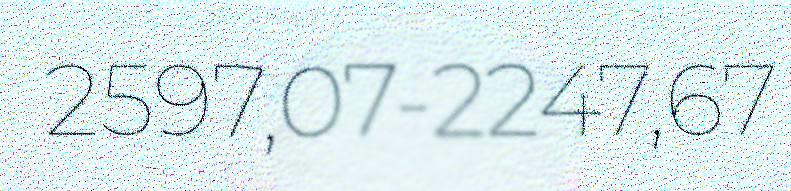
2597,07-2247,67